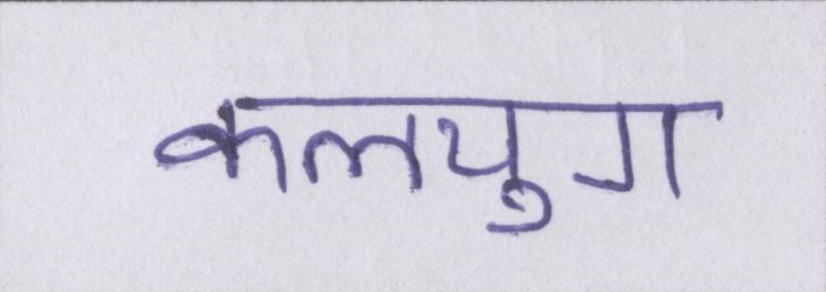
कलयुग